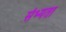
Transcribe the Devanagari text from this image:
संभ्यता